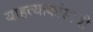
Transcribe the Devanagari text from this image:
याहत्याकांडाची